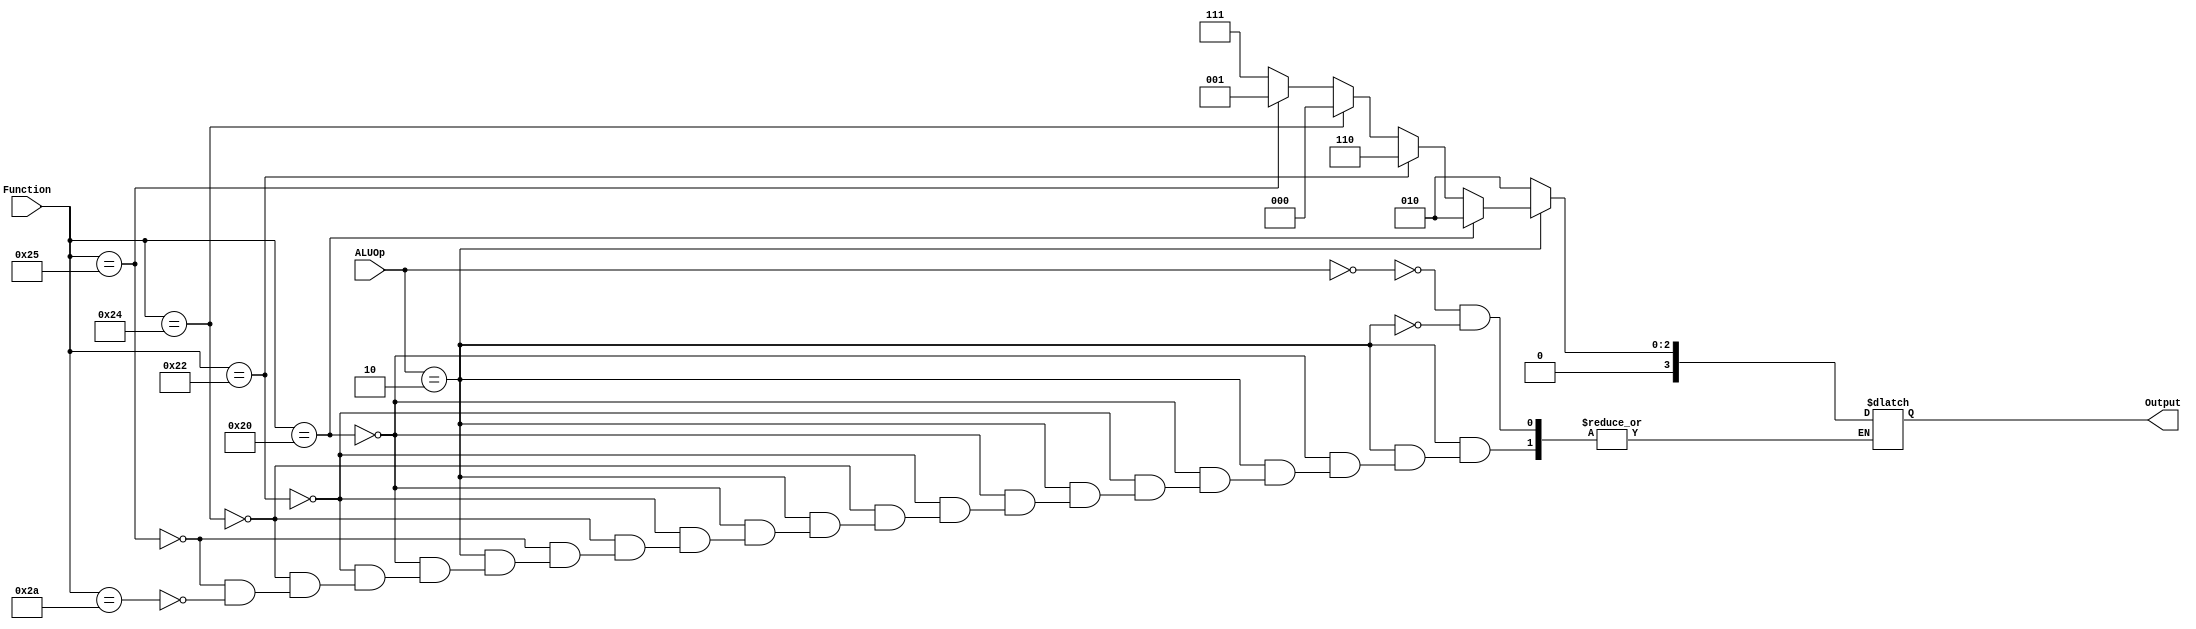
/*
G-Force CPU component files


Contains:
    ALU - Does add,sub,or,lw,sw
    control - control mux signals
    ALUControl - takes signal from control and function field and output alu op code
    muxALUSrc - chooses the second operator for the ALU
    muxMemtoReg - chooses either the output of the memory or alu to send to registerfile for writing
    muxRegDestination - chooses either rt field or rd field to write in register file
    memory - contains values of alu result if written into
    registerfile - contains registers
    signextend - makes 16 bit input to 32 bit result
    instructmem - Will split the instructions work to difference sizes
*/

/* ALU Control - by Kevin Valdez
 Takes ALUOp code from control and read function instruction and sets out
 Alu control code to tell alu which operation to do. */
module ALUControl (ALUOp , Function , Output);

  input  wire  [1:0] ALUOp;
  input  wire  [5:0] Function;
  output reg   [3:0] Output;

  always @(ALUOp)
  begin
    #3;
  	case(ALUOp)

  	0: begin
  		 Output = 4'b0010;
  	   end
  	2: begin

  		 if (Function == 6'b100000)
  		    begin
  			Output = 4'b0010; // add

  			end
  		 else if(Function == 6'b100010)
  			begin
  			Output = 4'b0110; // subtract

  			end
  		 else if(Function == 6'b100100)
  		    begin
  			Output = 4'b0000; // and

  			end

  		 else if(Function == 6'b100101)
  		    begin
  			Output = 4'b0001; // or
  			end
  		 else if(Function == 6'b101010)
  		    begin
  			Output = 4'b0111; // SLT (set less than)
  			end
        end

  	endcase

  end

  endmodule

/* Data Path Muxes - by Kevin Valdez
   Multiplexers that are part of the cpu datapah that are controlled by
   the control signals RegDst, ALUSrc, MemtoReg.
*/
module muxRegDestination(input1,input2, RegDestination ,outputval);
  input wire [4:0] input1;
  input wire [4:0] input2;
  output wire[4:0] outputval;
  input wire RegDestination;

  assign outputval = (RegDestination)? input2 : input1;

  endmodule
  /******************************************************************************************************************************************/
module muxALUSrc (result, result2, ALUSrc , outputval2 );

  input wire [31:0] result;
  input wire [31:0] result2; //offset
  output wire[31:0] outputval2;
  input wire ALUSrc;

  assign outputval2 = (ALUSrc)? result2: result;

  endmodule
  /********************************************************************************************************************************************/
module muxMemtoReg (solution, solution2 , memtoReg , outputval3);
  input wire  [31:0] solution;
  input wire  [31:0] solution2;
  input wire memtoReg;
  output wire [31:0] outputval3;

    reg [31:0] inoutpu;
  always@(solution or solution2) begin
     inoutpu = (memtoReg) ? solution2:solution;
  end

  assign outputval3 = inoutpu;

  endmodule

/*Instruction Memory - by Donato Kava
  Slices up the instruction we give to cpu into 6 parts.*/
module instructmem(
    input wire [31:0]  inputVal,
    output wire [31:26] instruct1,
    output wire [25:21] instruct2,
    output wire [20:16] instruct3,
    output wire [15:11] instruct4,
    output wire [15:0]  instruct5,
    output wire [5:0]   instruct6,
    input wire newinstruction
    );

    //instruction mememory, takes register input(program instruction)
    //and splits it up 6 parts

    //registers to hold wire data
    reg [5:0]  inInstruct1;
    reg [4:0]  inInstruct2;
    reg [4:0]  inInstruct3;
    reg [4:0]  inInstruct4;
    reg [15:0] inInstruct5;
    reg [5:0]  inInstruct6;
    //always sets inputval bits to their internal regs

    always@(negedge newinstruction)
    begin
    #1
    inInstruct1 = inputVal[31:26];
    inInstruct2 = inputVal[25:21];
    inInstruct3 = inputVal[20:16];
    inInstruct4 = inputVal[15:11];
    inInstruct5 = inputVal[15:0];
    inInstruct6 = inputVal[5:0];
    end
    //set wires to internal registers
    assign  instruct1 = inInstruct1;
    assign  instruct2 = inInstruct2;
    assign  instruct3 = inInstruct3;
    assign  instruct4 = inInstruct4;
    assign  instruct5 = inInstruct5;
    assign  instruct6 = inInstruct6;

    endmodule

/* Control - started by Luis Santos
    Finished by the whole group

   Takes the Opcode sent to it and sends
   output signals dependant of the Opcode.
*/
module control(
  input wire clock,
  input wire [5:0]  Opcode,
  output reg RegDst,
  output reg Branch,
  output reg MemtoRead,
  output reg MemtoReg,
  output reg [1:0] ALUOp,
  output reg MemtoWrite,
  output reg ALUSrc,
  output reg RegWrite,
  input wire newinstr,
  input wire rst);

  always@(posedge rst or posedge newinstr) begin
  #1MemtoRead = 0;
  #1MemtoWrite = 0;
  #1RegWrite = 0;
  #1RegDst = 0;
  #1Branch = 0;
  #1MemtoReg = 0;
  #1ALUOp = 0;
  #1ALUSrc = 0;
  end

  always@(posedge clock) begin
      case (Opcode)
        0 : begin
        RegDst = 1;
        Branch = 0;
        MemtoReg = 1;
        ALUOp = 2;
        ALUSrc = 0;
            end
      35:begin
            RegDst = 0;
            ALUSrc = 1;
            MemtoReg = 0;
            Branch = 0;
            ALUOp = 0;

            end
      43:begin
            ALUSrc = 1;
            Branch = 0;
            ALUOp = 0;
           end

        endcase
      end

  always@(posedge clock) begin
        case(Opcode)
          0: begin
              MemtoRead <= 0;
              RegWrite<=1;
              end
          35: begin
              MemtoRead <= 1;
              RegWrite <= 1;
              end
          43: begin
              MemtoRead <= 0;
              RegWrite <= 0;
              end
          endcase
        end

  always@(negedge clock) begin
    case(Opcode)
    0: begin
      MemtoWrite<=0;

      end
    35: begin
      MemtoWrite<=0;

      end
    43: begin
      #5;
      MemtoWrite <= 1;
        end
    endcase
  end
endmodule

/* Data Memory - Eberado Sanchez*/
module Memory (wrctrl,rdctrl,addr,wrdata,rddata,rst);

    	input wire wrctrl,rdctrl;
    	input wire [31:0] addr;
      input wire [31:0] wrdata;
      output reg [31:0] rddata;
      input rst;
    	reg [31:0] mem_file[0:127];
      integer i;

  initial begin
      for(i=0;i<128;i=i+1)
        begin
          mem_file[i] = 32'b0;
        end
  end

  always@(posedge rst) begin
    for(i=0;i<128;i=i+1)
      begin
        mem_file[i] = 32'b0;
      end
    end

  always @(posedge rdctrl) begin
    rddata = (rdctrl) ? mem_file[addr][31:0]:0;

 end

  always @(posedge wrctrl) begin
      mem_file[addr] = (wrctrl) ? wrdata:0;
   end
   endmodule

/* ALU */
module alu(
      input wire [31:0] op1,
      input wire [31:0] op2,
      input wire [3:0] ctrl,
      output reg [31:0] result3
      );

      //Trigger when ctrl changes values
      //Can change the blocking statements to nonblocking statements
      //However changes in the testbench will be required(remove #'s , except for the op1)

      always@(*) begin
        case(ctrl)
          //Instructions as shown in table in pg 259
          0 : result3 = op1 & op2;
          1 : result3 = op1 | op2;
          2 : result3 = op1 + op2;
          6 : result3 = op1 - op2;
          7 : result3 = op1 < op2;
          12: result3 = ~(op1|op2);
          default: result3 = 0;  //Read that most ALUs have a 0 when
                                // no valid operation was chosen
        endcase
      end
    endmodule

/*Register File*/
module registerfile(
      input wire [4:0] readReg1,
      input wire [4:0] readReg2,
      input wire [4:0] writeReg,
      input wire [31:0] writeData,
      input wire regWrite,
      output reg [31:0] readData1,
      output reg [31:0] readData2,
      input wire rst
      );

    //used to make a array of 32 32-bit registers
    reg [31:0] regfile[31:0];
    integer i;
    //Registerfile will always read registers but will only write to them when
    //regWrite is set.

    initial begin
        for(i=0;i<32;i=i+1)
          begin
            regfile[i] = 32'b0;
          end
    end

    always@(posedge rst) begin
      for(i=0;i<32;i=i+1)
        begin
          regfile[i] = 32'b0;
        end
      end

      always@(readReg1 or readReg2) begin
        readData1 = regfile[readReg1];
        readData2 = regfile[readReg2];
      end

    always@(*) begin
      if(regWrite) regfile[writeReg] = writeData;

    end
    endmodule



//Sign Extend
module signextend(inputVal,outputVal);

    input [15:0] inputVal;
    output [31:0] outputVal;

    assign outputVal = {{16{inputVal[15]}} , inputVal}; // 16 bit to 32 extension preserving the sign

    endmodule

/*Main mipscpu*/
module mipscpu(
    input wire reset,
    input wire clk,
    input wire [31:0] instrword,
    input wire newinstr);


    // Instructmem outpus
    wire [31:26] opcodecpu;  //to control
    wire [25:21] readReg1cpu; //to register file readReg1
    wire [20:16] readReg2cpu; //to register file readReg2 and muxRegDestcpu
    wire [15:11] mux1rdcpu;   //to muxRegDestcpu
    wire [15:0] signExtendercpu; //to signextend
    wire [5:0] alufunctioncpu; //to ALUControl

    //Control Signal outputs
    wire regdstcpu; //to muxRegDestcpu
    wire branchcpu; //unused signal
    wire memreadcpu;  // to memory MemtoRead port
    wire memwritecpu; // to memort MemtoRead port
    wire memtoregcpu; // to muxMemtoReg
    wire [1:0] aluopcpu; //to ALUControl
    wire alusrccpu; //to muxALUSrc
    wire regwritecpu; //to registerfile


    //List of wires that interconnect to eachother

    wire [31:0] op2alu;         // from muxALUSrc to ALU port 2
    wire [31:0] outputtoregwrite; //from muxMemtoReg to Registerfile port 4
    wire [3:0] aluctrltoalu;   // from ALUControl to ALU port 3
    wire [31:0] aluresultcpu;     //from alu to memory port 3 and muxMemtoReg port 2
    wire [31:0] readdata1cpu;  //from registerfile to ALU port 1
    wire [31:0] readdata2cpu;      //from registerfile to muxALUSrc port 1
    wire [31:0] signextresultcpu;//from signexted to muxALUsrc port 2
    wire [31:0] readdata;           //from memory to muxMemtoReg port1
    wire [4:0] towriteregistercpu;     //from muxMemtoReg to registerfile port 3
    wire [15:0] signextedcpu;     //from Instructmem to signextend



  instructmem insmemcpu(
          instrword,
          opcodecpu,
          readReg1cpu,
          readReg2cpu,
          mux1rdcpu,
          signExtendercpu,
          alufunctioncpu,
          newinstr);


  control controlcpu(
    clk,
    opcodecpu,
    regdstcpu,
    branchcpu,
    memreadcpu,
    memtoregcpu,
    aluopcpu,
    memwritecpu,
    alusrccpu,
    regwritecpu,
    newinstr,
    reset);

  muxRegDestination muxRegDestcpu(
    readReg2cpu,
    mux1rdcpu,
    regdstcpu,
    towriteregistercpu);

  muxALUSrc muxAlusrccpu(
    readdata2cpu,
    signextresultcpu,
    alusrccpu,
    op2alu);

  muxMemtoReg muxmemtoregcpu(
    readdata,
    aluresultcpu,
    memtoregcpu,
    outputtoregwrite
    );

  ALUControl alucontrolcpu(
    aluopcpu,
    alufunctioncpu,
    aluctrltoalu);

  alu alucpu(
    readdata1cpu,
    op2alu,
    aluctrltoalu,
    aluresultcpu);

  registerfile registerfilecpu(
    readReg1cpu,
    readReg2cpu,
    towriteregistercpu,
    outputtoregwrite,
    regwritecpu,
    readdata1cpu,
    readdata2cpu,
    reset);

  signextend cpusignextender(
    signExtendercpu,
    signextresultcpu
    );

  Memory memcpu(
    memwritecpu,
    memreadcpu,
    aluresultcpu,
    readdata2cpu,
    readdata,
    reset
    );

endmodule